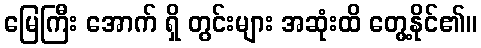
မြေကြီး အောက် ရှိ တွင်းများ အဆုံးထိ တွေ့နိုင်၏။